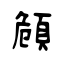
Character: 頠